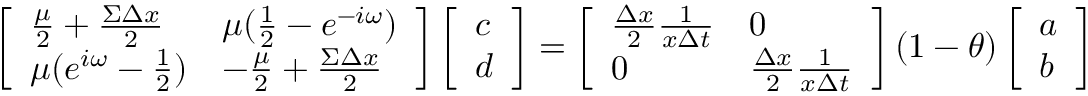
\left[ \begin{array} { l l } { \frac { \mu } { 2 } + \frac { \Sigma \Delta x } { 2 } } & { \mu ( \frac { 1 } { 2 } - e ^ { - i \omega } ) } \\ { \mu ( e ^ { i \omega } - \frac { 1 } { 2 } ) } & { - \frac { \mu } { 2 } + \frac { \Sigma \Delta x } { 2 } } \end{array} \right] \left[ \begin{array} { l } { c } \\ { d } \end{array} \right] = \left[ \begin{array} { l l } { \frac { \Delta x } { 2 } \frac { 1 } { x \Delta t } } & { 0 } \\ { 0 } & { \frac { \Delta x } { 2 } \frac { 1 } { x \Delta t } } \end{array} \right] ( 1 - \theta ) \left[ \begin{array} { l } { a } \\ { b } \end{array} \right]